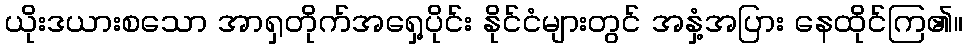
ယိုးဒယားစသော အာရှတိုက်အရှေ့ပိုင်း နိုင်ငံများတွင် အနှံ့အပြား နေထိုင်ကြ၏။